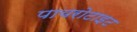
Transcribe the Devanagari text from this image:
पायरोटाइट